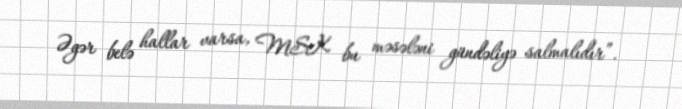
Əgər belə hallar varsa, MSK bu məsələni gündəliyə salmalıdır”.